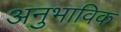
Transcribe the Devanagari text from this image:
अनुभाविक